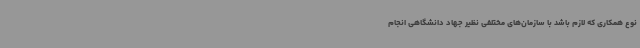
نوع همکاری که لازم باشد با سازمان‌های مختلفی نظیر جهاد دانشگاهی انجام